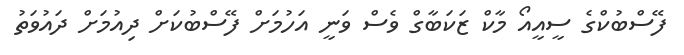
ފޭސްބުކްގެ ސީއީއޯ މާކް ޒަކަބާގް ވެސް ވަނީ އަހުމަށް ފޭސްބުކަށް ދިއުމަށް ދައުވަތު